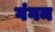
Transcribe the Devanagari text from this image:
गंगम